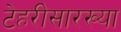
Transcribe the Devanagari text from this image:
टेहरीसारख्या